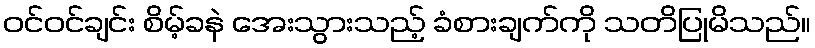
ဝင်ဝင်ချင်း စိမ့်ခနဲ အေးသွားသည့် ခံစားချက်ကို သတိပြုမိသည်။